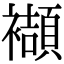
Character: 襭